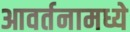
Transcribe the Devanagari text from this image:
आवर्तनामध्ये